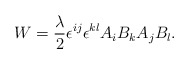
\begin{align*}W= \frac{\lambda}{2} \epsilon^{ij} \epsilon^{kl} A_iB_kA_jB_l.\end{align*}